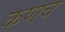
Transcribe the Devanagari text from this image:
कणच